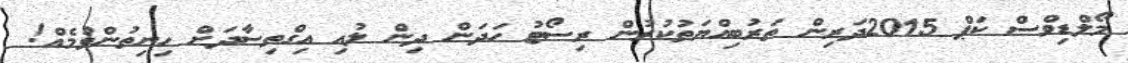
މޯލްޑިވްސް ކަޕް 2015ދަރިން ތަރުބިއްޔަތުކުރުން ރިސޯޓު ހަދަން ދިން ލުއި އިގްތިސާދަށް ހިނިތުންވުމެއް!